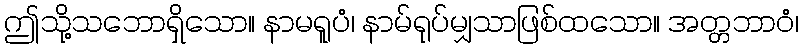
ဤသို့သဘောရှိသော။ နာမရူပံ၊ နာမ်ရုပ်မျှသာဖြစ်ထသော။ အတ္တဘာဝံ၊